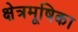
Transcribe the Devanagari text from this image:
क्षेत्रमूषिका